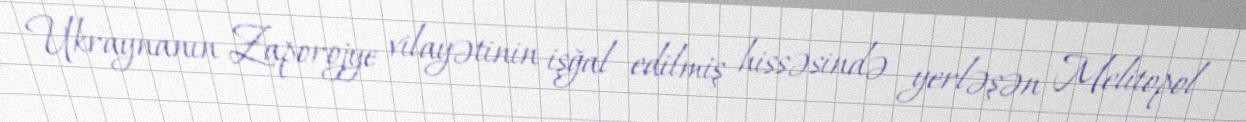
Ukraynanın Zaporojye vilayətinin işğal edilmiş hissəsində yerləşən Melitopol